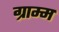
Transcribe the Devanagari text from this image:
ग्राम्म